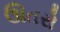
ઊતરો